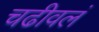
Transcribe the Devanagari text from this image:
चढीवलं